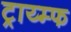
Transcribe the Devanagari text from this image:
ट्राय्म्फ